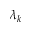
\lambda _ { k }